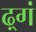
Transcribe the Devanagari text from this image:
ढ़्गं